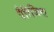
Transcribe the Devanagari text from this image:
पैरिज़िना